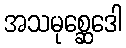
အသမုစ္ဆေဒေါ